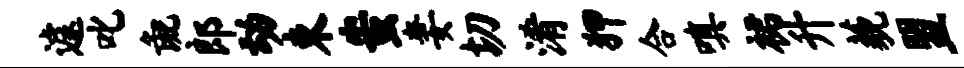
遽叱彘郎动束蚩妻切淆狎合嗔裙升藐盟